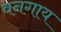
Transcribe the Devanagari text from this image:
वनगाय